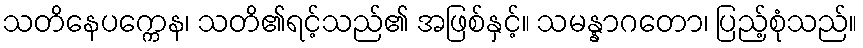
သတိနေပက္ကေန၊ သတိ၏ရင့်သည်၏ အဖြစ်နှင့်။ သမန္နာဂတော၊ ပြည့်စုံသည်။